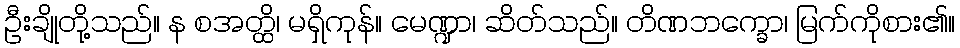
ဦးချိုတို့သည်။ န စအတ္ထိ၊ မရှိကုန်။ မေဏ္ဍာ၊ ဆိတ်သည်။ တိဏဘက္ခော၊ မြက်ကိုစား၏။